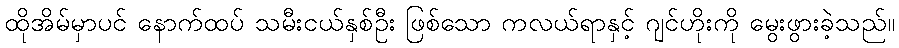
ထိုအိမ်မှာပင် နောက်ထပ် သမီးငယ်နှစ်ဦး ဖြစ်သော ကလယ်ရာနှင့် ဂျင်ဟိုးကို မွေးဖွားခဲ့သည်။